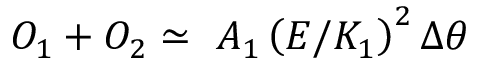
{ \cal O } _ { 1 } + { \cal O } _ { 2 } \simeq \ A _ { 1 } \left( E / K _ { 1 } \right) ^ { 2 } \Delta \theta